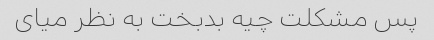
پس مشکلت چیه بدبخت به نظر میای